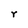
Character: r